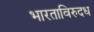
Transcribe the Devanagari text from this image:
भारताविरुदध